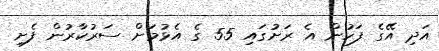
އަދި އޭގެ ފަހުން އެ ރަށުގައި 55 ގެ އެޅުމަށް ސަރުކާރުން ފެށި